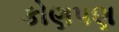
કોણપણ